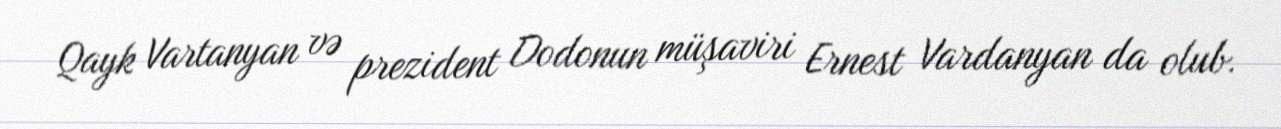
Qayk Vartanyan və prezident Dodonun müşaviri Ernest Vardanyan da olub.